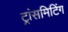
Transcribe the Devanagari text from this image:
ट्रांसमिटिंग